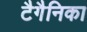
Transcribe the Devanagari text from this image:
टैगैनिका